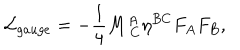
{ \cal L } _ { g a u g e } = - { \frac { 1 } { 4 } } M _ { \ C } ^ { A } \eta ^ { B C } F _ { A } F _ { B } ,